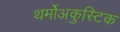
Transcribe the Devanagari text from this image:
थर्मोअकुस्टिक